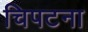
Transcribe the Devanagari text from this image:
चिपटना